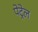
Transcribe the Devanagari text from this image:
पेट्रेल